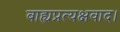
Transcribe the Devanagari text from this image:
बाह्यप्रत्यक्षवाद।